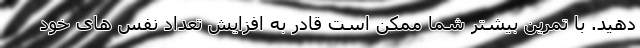
دهید. با تمرین بیشتر شما ممکن است قادر به افزایش تعداد نفس های خود